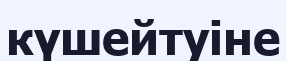
күшейтуіне